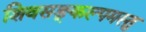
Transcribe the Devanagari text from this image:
शिवसङ्कल्पमस्तु